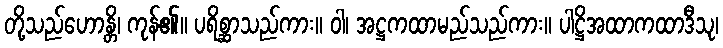
တို့သည်ဟောန္တိ၊ ကုန်၏။ ပရိစ္ဆာသည်ကား။ ဝါ၊ အဋ္ဌကထာမည်သည်ကား။ ပါဋ္ဌိအထာကထာဒီသု၊